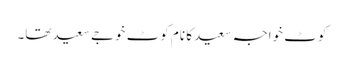
کوٹ خواجہ سعید کا نام کوٹ خوجے سعید تھا۔